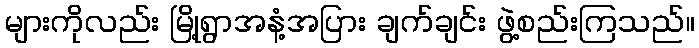
များကိုလည်း မြို့ရွာအနံ့အပြား ချက်ချင်း ဖွဲ့စည်းကြသည်။